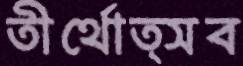
তীর্থোত্সব